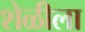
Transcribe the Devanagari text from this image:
शेळीला